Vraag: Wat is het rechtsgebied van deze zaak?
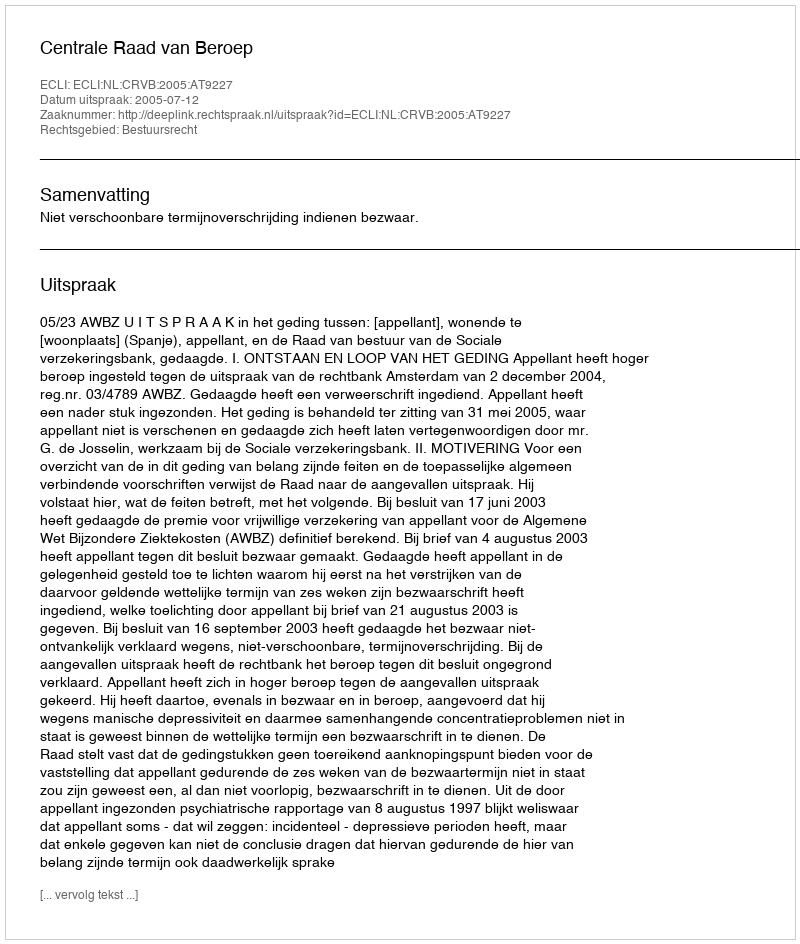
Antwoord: Bestuursrecht